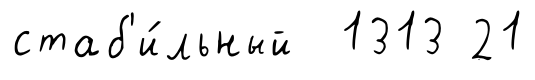
стаб'и́льный 1313 21